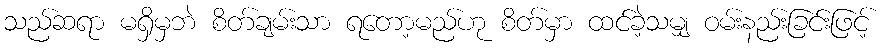
သည်ဆရာ မရှိမှဘဲ စိတ်ချမ်းသာ ရတော့မည်ဟု စိတ်မှာ ထင်ခဲ့သမျှ ဝမ်းနည်းခြင်းဖြင့်